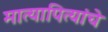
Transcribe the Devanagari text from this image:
मात्यापित्यांचे